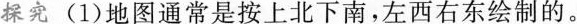
探究(1)地图通常是按上北下南，左西右东绘制的。